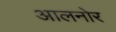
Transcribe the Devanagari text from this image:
आलनोर